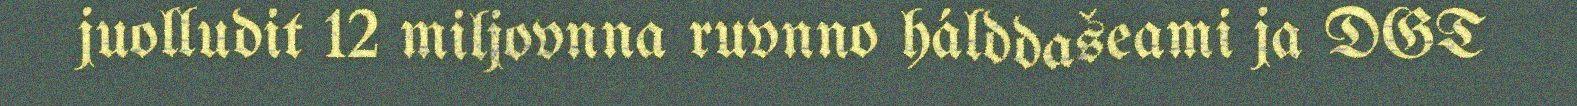
juolludit 12 miljovnna ruvnno hálddašeami ja DGT